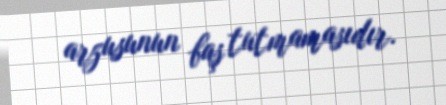
arzusunun baş tutmamasıdır.